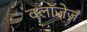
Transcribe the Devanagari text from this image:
क्लॉजेज़